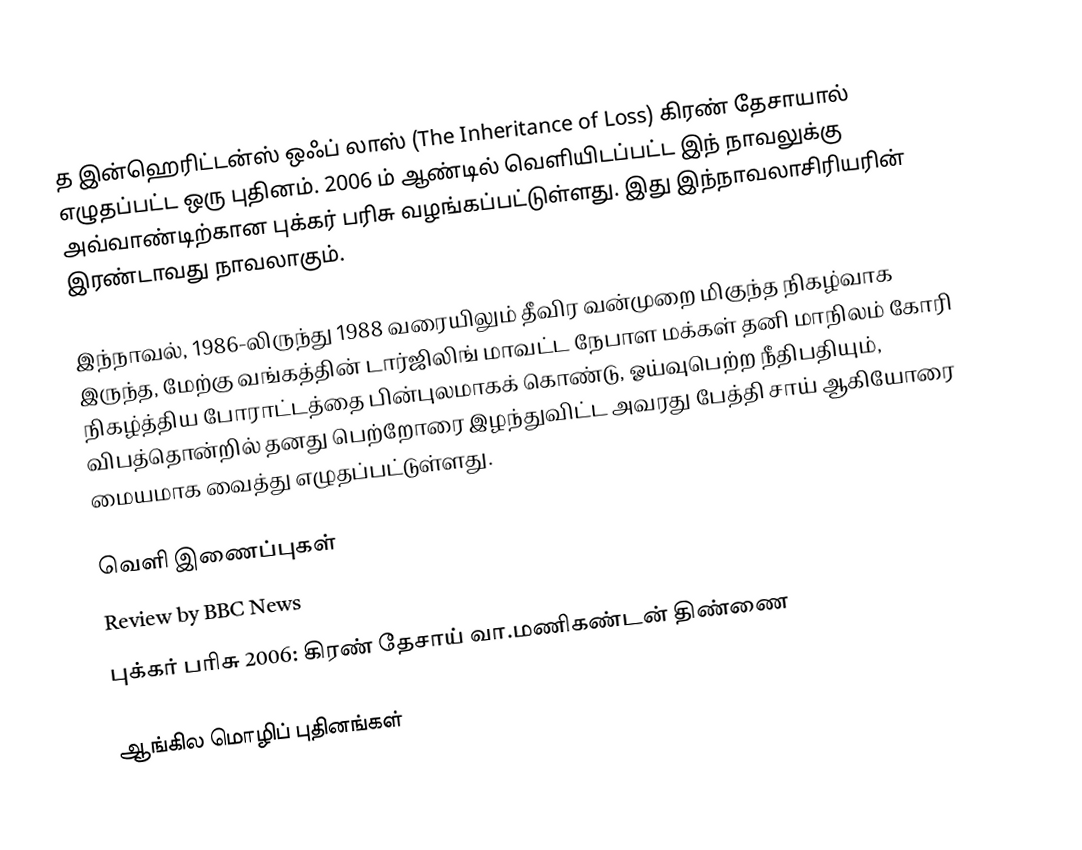
த இன்ஹெரிட்டன்ஸ் ஒஃப் லாஸ் (The Inheritance of Loss) கிரண் தேசாயால் எழுதப்பட்ட ஒரு புதினம். 2006 ம் ஆண்டில் வெளியிடப்பட்ட இந் நாவலுக்கு அவ்வாண்டிற்கான புக்கர் பரிசு வழங்கப்பட்டுள்ளது. இது இந்நாவலாசிரியரின் இரண்டாவது நாவலாகும்.

இந்நாவல், 1986-லிருந்து 1988 வரையிலும் தீவிர வன்முறை மிகுந்த நிகழ்வாக இருந்த, மேற்கு வங்கத்தின் டார்ஜிலிங் மாவட்ட நேபாள மக்கள் தனி மாநிலம் கோரி நிகழ்த்திய போராட்டத்தை பின்புலமாகக் கொண்டு, ஓய்வுபெற்ற நீதிபதியும், விபத்தொன்றில் தனது பெற்றோரை இழந்துவிட்ட அவரது பேத்தி சாய் ஆகியோரை மையமாக வைத்து எழுதப்பட்டுள்ளது.

வெளி இணைப்புகள்
Review by BBC News
புக்கர் பரிசு 2006: கிரண் தேசாய் வா.மணிகண்டன் திண்ணை

ஆங்கில மொழிப் புதினங்கள்